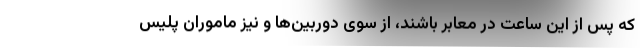
که پس از این ساعت در معابر باشند، از سوی دوربین‌ها و نیز ماموران پلیس